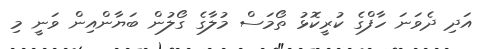
އަދި ދެވަނަ ހާފްގެ ކުރީކޮޅު ތޯމަސް މުލާގެ ގޯލުން ބަޔާންއިން ވަނީ މި